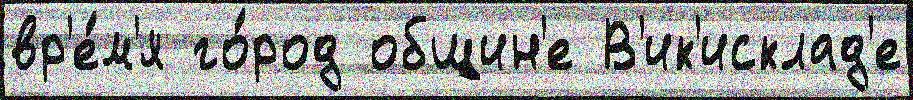
вр'е́м'я го́род общин'е В'ик'исклад'е